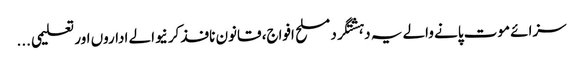
سزائے موت پانے والے یہ دہشتگرد مسلح افواج، قانون نافذ کرنیوالے اداروں اور تعلیمی ...